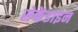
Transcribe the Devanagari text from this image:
सेकेंडाइन